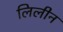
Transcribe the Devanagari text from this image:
लिलीन